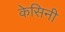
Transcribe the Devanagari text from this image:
केसिनी